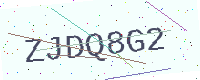
Text: ZJDQ8G2